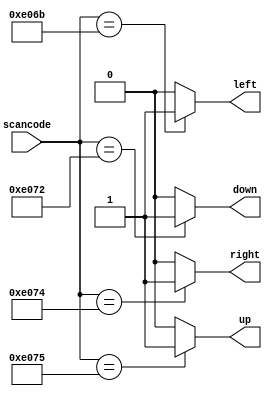
// synthesis verilog_input_version verilog_2001
module top_module (
    input      [15:0] scancode,
    output reg        left,
    output reg        down,
    output reg        right,
    output reg        up
);
    /*
    assign a defaule value to all four outputs befour case statement,can
    avoid assign theme in every case but only assign the output which need to
    change.
*/
    always @(*) begin
        {left, down, right, up} = 4'b0000;
        case (scancode)
            16'he06b: left = 1'b1;
            16'he072: down = 1'b1;
            16'he074: right = 1'b1;
            16'he075: up = 1'b1;
            default:  {left, down, right, up} = 4'b0000;
        endcase
    end
endmodule